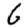
Digit: 6